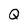
Character: Q